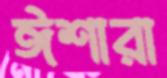
ঈশারা